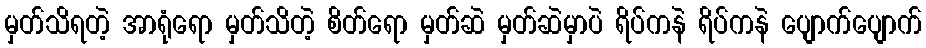
မှတ်သိရတဲ့ အာရုံရော မှတ်သိတဲ့ စိတ်ရော မှတ်ဆဲ မှတ်ဆဲမှာပဲ ရိပ်ကနဲ ရိပ်ကနဲ ပျောက်ပျောက်